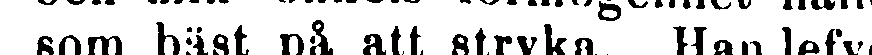
som bäst på att stryka. Han lefver